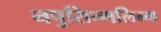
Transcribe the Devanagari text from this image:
नपुसिन्गलिन्ग